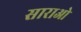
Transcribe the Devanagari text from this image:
साराओ